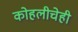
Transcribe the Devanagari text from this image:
कोहलीचेही